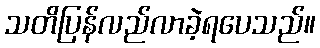
သတိပြန်လည်လာခဲ့ရပေသည်။